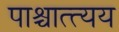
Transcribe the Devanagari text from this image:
पाश्चात्त्यय